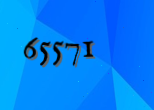
65571